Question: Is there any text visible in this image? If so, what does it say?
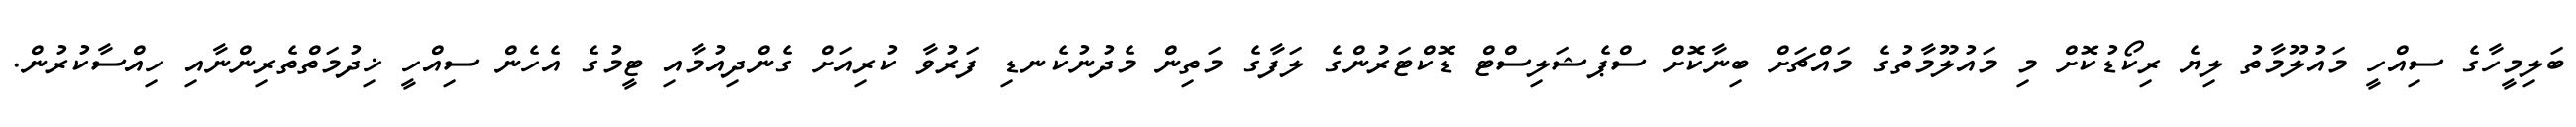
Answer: ބަލިމީހާގެ ސިއްހީ މައުލޫމާތު ލިޔެ ރިކޯޑުކޮށް މި މައުލޫމާތުގެ މައްޗަށް ބިނާކޮށް ސްޕެޝަލިސްޓް ޑޮކްޓަރުންގެ ލަފާގެ މަތިން މެދުނުކެނޑި ފަރުވާ ކުރިއަށް ގެންދިއުމާއި ޓީމުގެ އެހެން ސިއްހީ ޚިދުމަތްތެރިންނާއި ހިއްސާކުރުން.